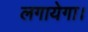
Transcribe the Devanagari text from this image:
लगायेगा।